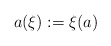
\begin{align*}a(\xi):=\xi(a)\end{align*}